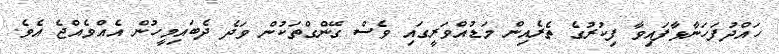
ހައްދުފަހަނާޅާފައިވާ ފިކުރުގެ ތެރެއިން މަޑުއްވަރީގައި ވެސް ގޭންގްތަކުން ވަދެ ދެބައިމީހުން އެއްވެއްޖެ އެވެ.